Document type: Sale
Year: 1461
Scribe: [Unknown]
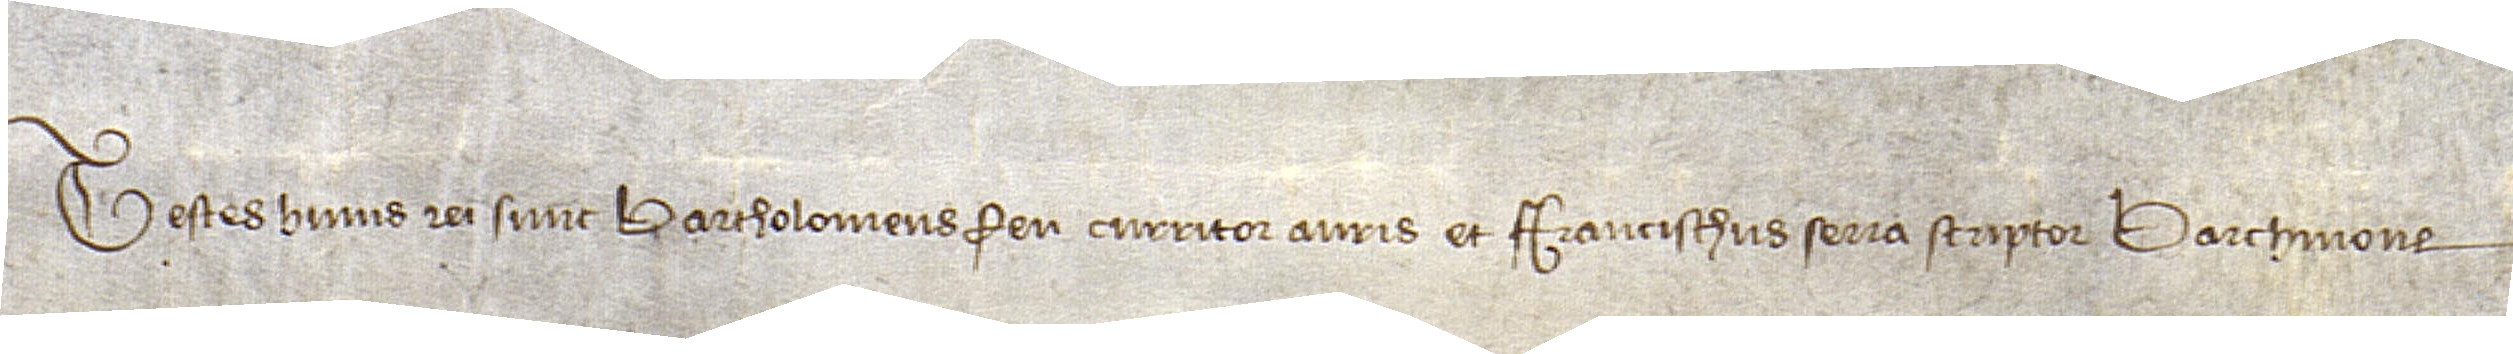
Testes huius rei sunt: Bartholomeus Feu, curritor auris, civis, et Francischus Serra, scriptor Barchinone.